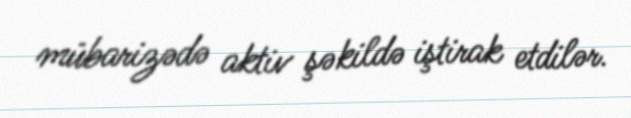
mübarizədə aktiv şəkildə iştirak etdilər.